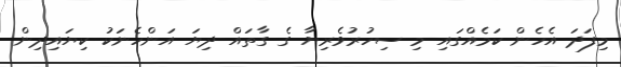
މިފަދަ އެހެން ކަމެއްގައި މި ސިހުރުވެރިޔާ ގެ ގާތައް ދިޔަ އަންހެނަކު ކިޔައިދިން